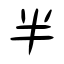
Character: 半